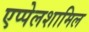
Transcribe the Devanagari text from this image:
एप्पेलशामिल